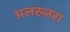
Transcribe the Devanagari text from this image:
अलख्ज़रा